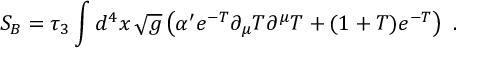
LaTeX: S _ { B } = \tau _ { 3 } \int d ^ { 4 } x \, \sqrt { g } \left( \alpha ^ { \prime } e ^ { - T } \partial _ { \mu } { T } \partial ^ { \mu } { T } + ( 1 + T ) e ^ { - T } \right) \ .